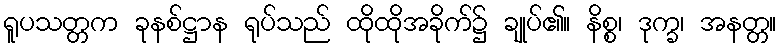
ရူပသတ္တက ခုနစ်ဋ္ဌာန ရုပ်သည် ထိုထိုအခိုက်၌ ချုပ်၏။ နိစ္စ၊ ဒုက္ခ၊ အနတ္တ။